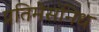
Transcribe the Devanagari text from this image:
प्रतिमेसंनिध